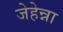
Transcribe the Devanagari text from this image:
जेहेन्ना